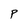
Character: P